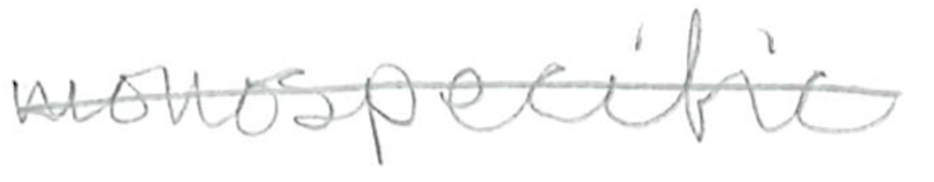
Text: monospecific
Cross-out: single-line
Writing tool: pencil